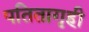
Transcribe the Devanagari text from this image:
पतितागृही